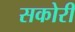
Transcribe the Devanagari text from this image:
सकोरी